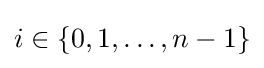
i\in \{0,1,\dots ,n-1\}